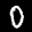
Label: 0